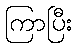
ကြာပြီး